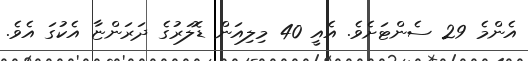
އެންމެ 29 ސެންޓަށެވެ. އެއީ 40 މިލިއަން ޑޮލަރުުގެ ދަރަންޏާ އެކުގަ އެވެ.